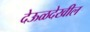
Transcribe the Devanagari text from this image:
देऊळदेखील